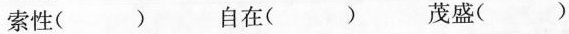
索性( )自在( )茂盛( )